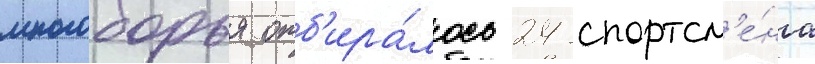
многоборья отб'ира́лось 24 спортсм'е́на